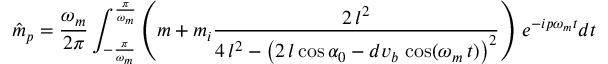
\hat { m } _ { p } = \frac { \omega _ { m } } { 2 \pi } \int _ { - \frac { \pi } { \omega _ { m } } } ^ { \frac { \pi } { \omega _ { m } } } \left( m + m _ { i } \frac { 2 \, l ^ { 2 } } { 4 \, l ^ { 2 } - { \left( 2 \, l \cos { \alpha _ { 0 } } - d v _ { b } \, \cos ( \omega _ { m } \, t ) \right) } ^ { 2 } } \right) \, e ^ { - i p \omega _ { m } t } d t